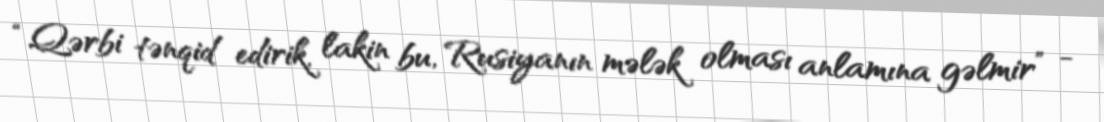
“Qərbi tənqid edirik, lakin bu, Rusiyanın mələk olması anlamına gəlmir” -